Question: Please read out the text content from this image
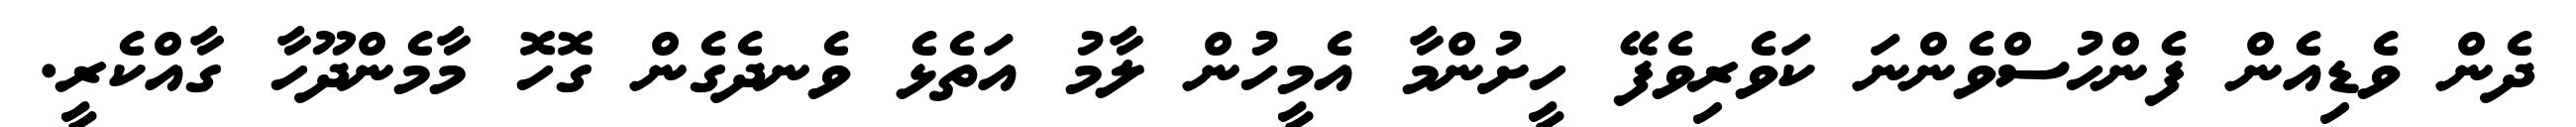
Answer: ދެން ވެޑިއެން ފެންހުސްވެންނަ ކަވެރިވެފޭ ހީށުންމާ އެމީހުން ލާމު އަތެޅެ ވެނދެގެން ގޮހޮ މާމެންދޫހާ ގާއްކެރީ.